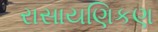
રાસાયણિકણ